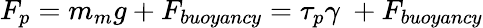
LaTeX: F_{p}=m_{m}g+F_{buoyancy}=\tau_{p}\gamma\ +F_{buoyancy}